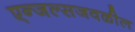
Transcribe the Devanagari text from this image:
एन्जल्सजवळील